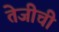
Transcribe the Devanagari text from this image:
तेजीची